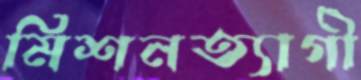
মিশনত্যাগী